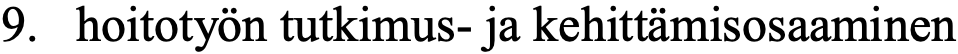
9. hoitotyön tutkimus- ja kehittämisosaaminen